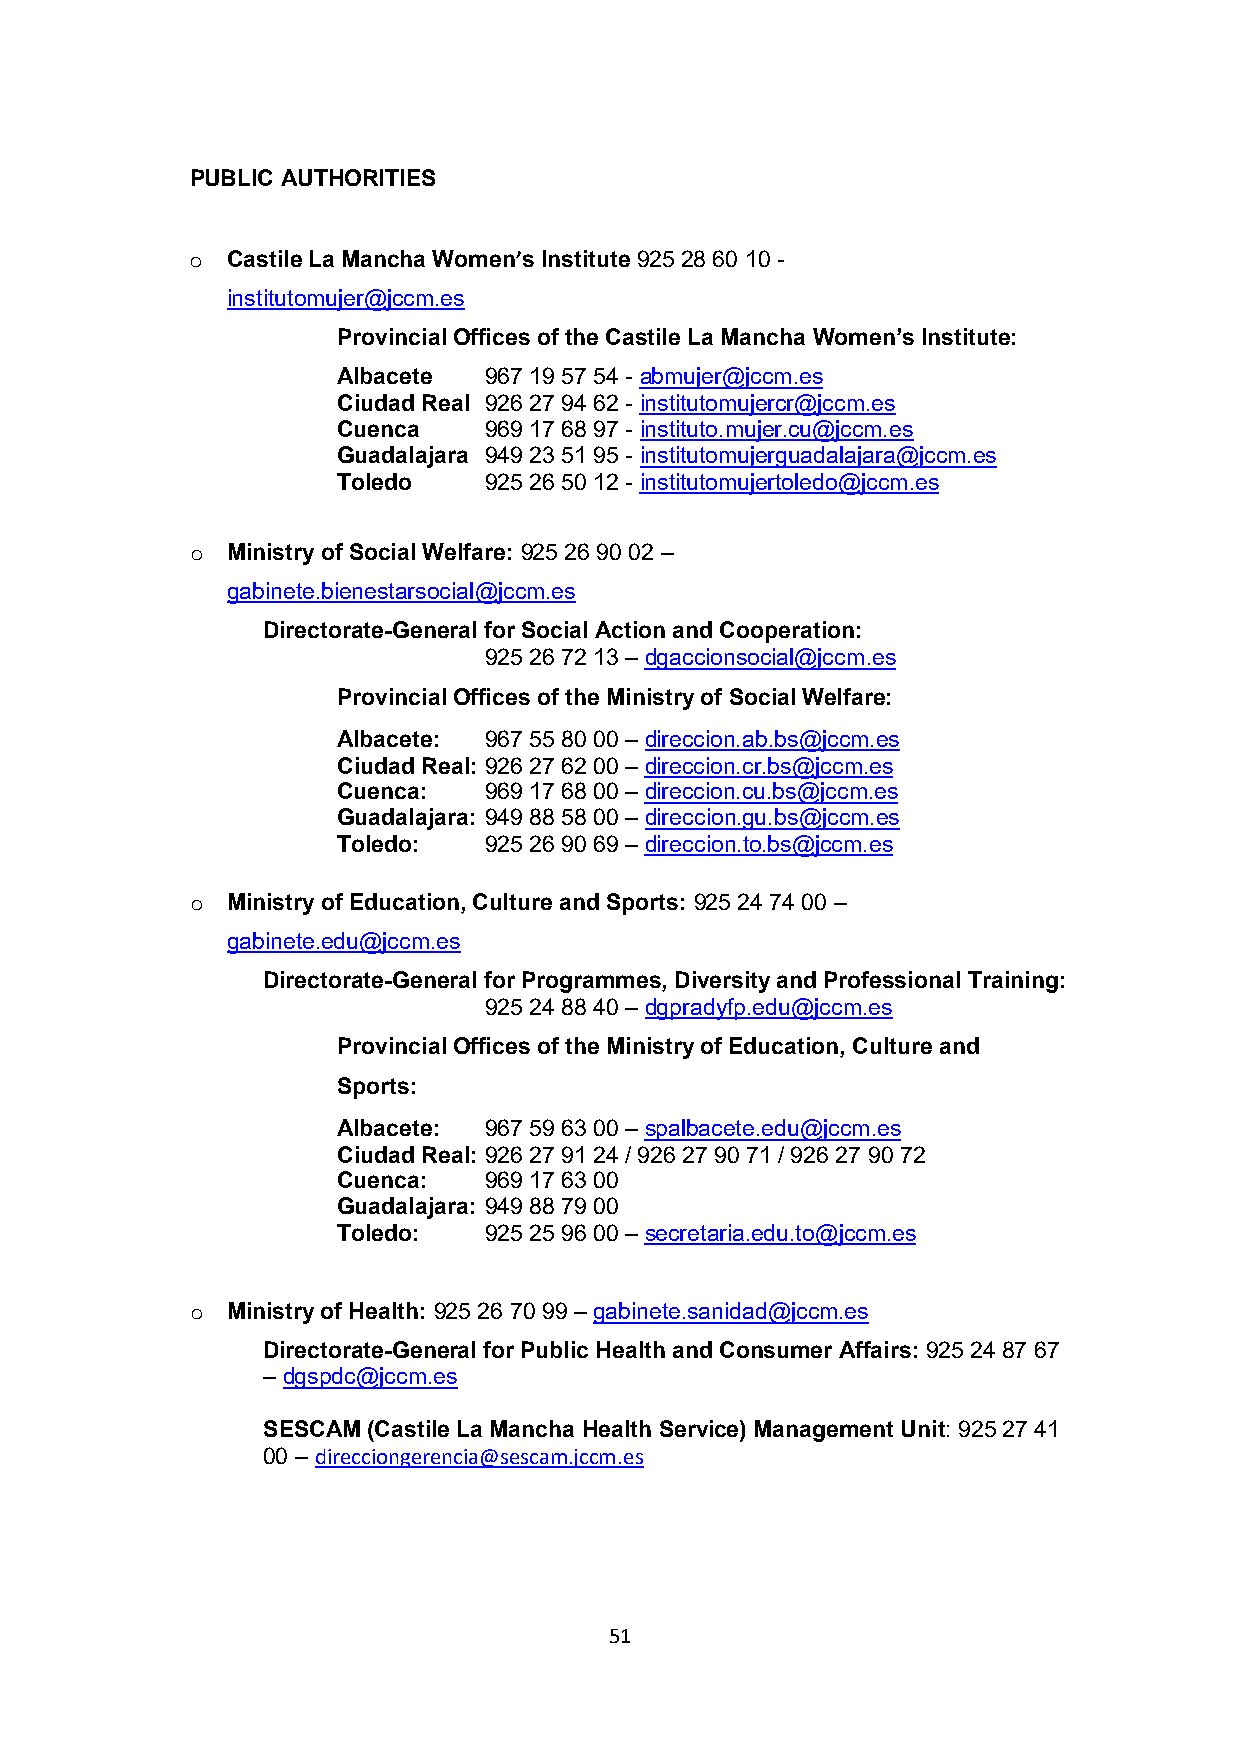
PUBLIC AUTHORITIES
 o Castile La Mancha Women’s Institute 925 28 60 10 -
 institutomujer@jccm.es
 Provincial Offices of the Castile La Mancha Women’s Institute:
 Albacete  967 19 57 54 - abmujer@jccm.es
 Ciudad Real 926 27 94 62 - institutomujercr@jccm.es
 Cuenca    969 17 68 97 - instituto.mujer.cu@jccm.es
 Guadalajara 949 23 51 95 - institutomujerguadalajara@jccm.es
 Toledo    925 26 50 12 - institutomujertoledo@jccm.es
 o Ministry of Social Welfare: 925 26 90 02 –
 gabinete.bienestarsocial@jccm.es
 Directorate-General for Social Action and Cooperation:
 925 26 72 13 – dgaccionsocial@jccm.es
 Provincial Offices of the Ministry of Social Welfare:
 Albacete: 967 55 80 00 – direccion.ab.bs@jccm.es
 Ciudad Real: 926 27 62 00 – direccion.cr.bs@jccm.es
 Cuenca:   969 17 68 00 – direccion.cu.bs@jccm.es
 Guadalajara: 949 88 58 00 – direccion.gu.bs@jccm.es
 Toledo:   925 26 90 69 – direccion.to.bs@jccm.es
 o Ministry of Education, Culture and Sports: 925 24 74 00 –
 gabinete.edu@jccm.es
 Directorate-General for Programmes, Diversity and Professional Training:
 925 24 88 40 – dgpradyfp.edu@jccm.es
 Provincial Offices of the Ministry of Education, Culture and
 Sports:
 Albacete: 967 59 63 00 – spalbacete.edu@jccm.es
 Ciudad Real: 926 27 91 24 / 926 27 90 71 / 926 27 90 72
 Cuenca:   969 17 63 00
 Guadalajara: 949 88 79 00
 Toledo:   925 25 96 00 – secretaria.edu.to@jccm.es
 o Ministry of Health: 925 26 70 99 – gabinete.sanidad@jccm.es
 Directorate-General for Public Health and Consumer Affairs: 925 24 87 67
 – dgspdc@jccm.es
 SESCAM (Castile La Mancha Health Service) Management Unit: 925 27 41
 00 – direcciongerencia@sescam.jccm.es
 51